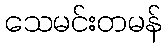
သေမင်းတမန်